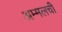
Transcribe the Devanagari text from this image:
अम्मलची